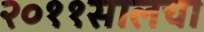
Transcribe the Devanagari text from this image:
२०११सालचा